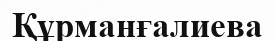
Құрманғалиева